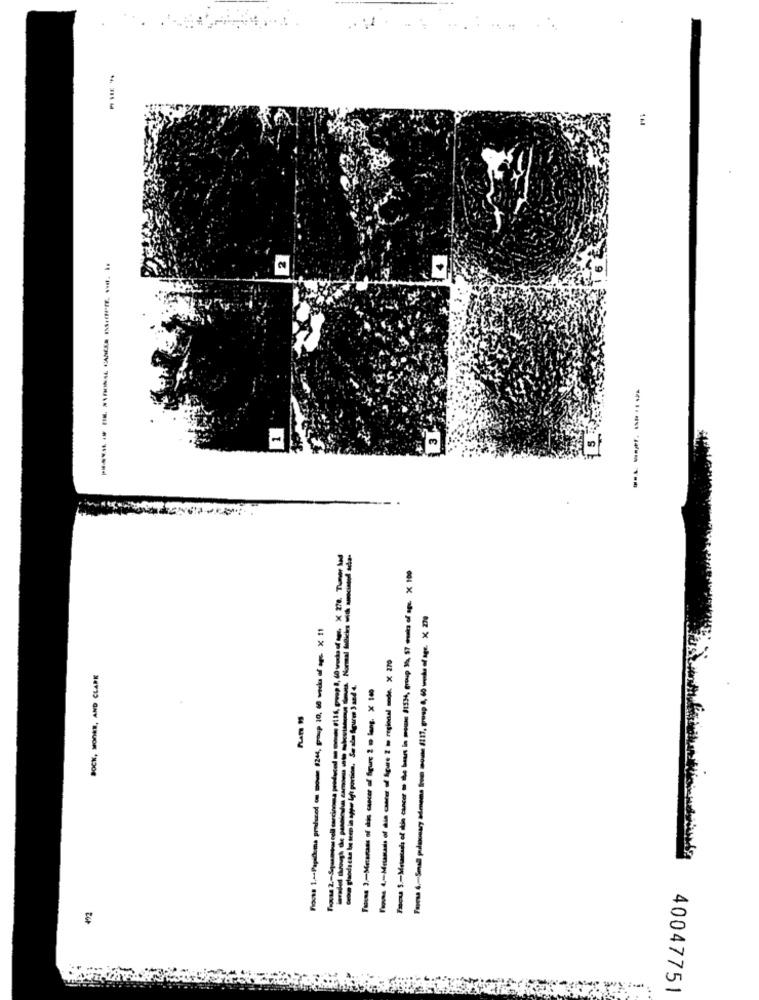
Fasesa 6 .- Small pulmonary adenoma broo mowe 1117, group 4, 60 wrecks of age. X 270
BOCK, MOORE, AND CLARK
-----------
40047751